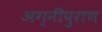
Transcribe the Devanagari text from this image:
अग्नीपुराण